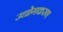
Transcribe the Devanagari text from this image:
उद्योगकरण